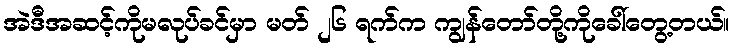
အဲဒီအဆင့်ကိုမလုပ်ခင်မှာ မတ် ၂၆ ရက်က ကျွန်တော်တို့ကိုခေါ်တွေ့တယ်။